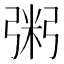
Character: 粥